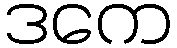
ဒကေ